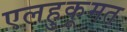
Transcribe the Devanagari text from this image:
एलहुकूमत